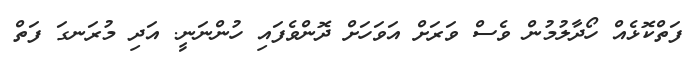
ފަތްކޮޅެއް ހޯދާލުމުން ވެސް ވަރަށް އަވަހަށް ދޮންވެފައި ހުންނަނީ. އަދި މުރަނގަ ފަތް